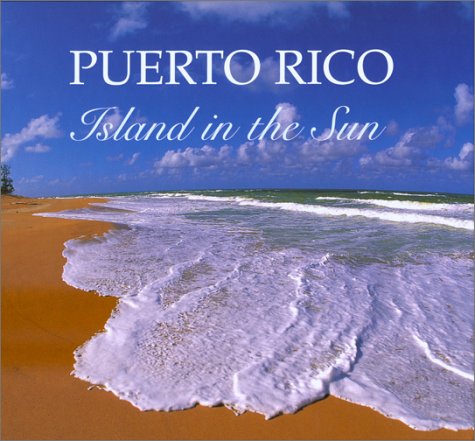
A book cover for Puerto Rico Island in the Sun; Roger LaBrucherie; Travel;